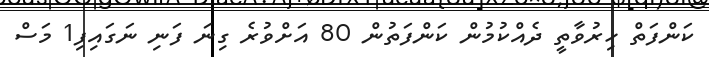
ކަންފަތް ހިރުވާތީ ދެއްކުުމުން ކަންފަތުން 80 އަށްވުރެ ގިނަ ފަނި ނަގައިފި1 މަސް